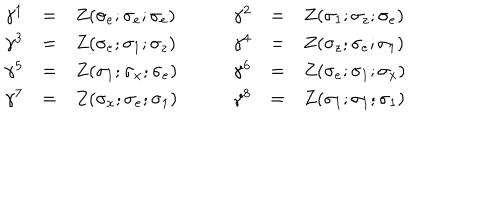
\begin{array} { l c l c l c l } { { \gamma ^ { 1 } } } & { { = } } & { { Z ( \sigma _ { e } ; \sigma _ { e } ; \sigma _ { e } ) } } & { { \quad } } & { { \gamma ^ { 2 } } } & { { = } } & { { Z ( \sigma _ { 1 } ; \sigma _ { z } ; \sigma _ { e } ) } } \\ { { \gamma ^ { 3 } } } & { { = } } & { { Z ( \sigma _ { e } ; \sigma _ { 1 } ; \sigma _ { z } ) } } & { { \quad } } & { { \gamma ^ { 4 } } } & { { = } } & { { Z ( \sigma _ { z } ; \sigma _ { e } ; \sigma _ { 1 } ) } } \\ { { \gamma ^ { 5 } } } & { { = } } & { { Z ( \sigma _ { 1 } ; \sigma _ { x } ; \sigma _ { e } ) } } & { { \quad } } & { { \gamma ^ { 6 } } } & { { = } } & { { Z ( \sigma _ { e } ; \sigma _ { 1 } ; \sigma _ { x } ) } } \\ { { \gamma ^ { 7 } } } & { { = } } & { { Z ( \sigma _ { x } ; \sigma _ { e } ; \sigma _ { 1 } ) } } & { { \quad } } & { { \gamma ^ { 8 } } } & { { = } } & { { Z ( \sigma _ { 1 } ; \sigma _ { 1 } ; \sigma _ { 1 } ) } } \\ \end{array}